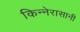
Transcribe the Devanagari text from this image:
किन्नेरासानी